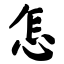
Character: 怎